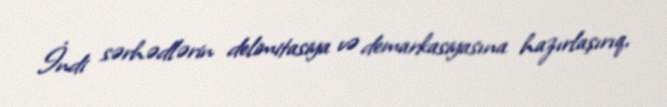
İndi sərhədlərin delimitasiya və demarkasiyasına hazırlaşırıq,